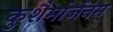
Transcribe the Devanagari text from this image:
कुशैर्मार्जनम्